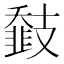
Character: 𢻨